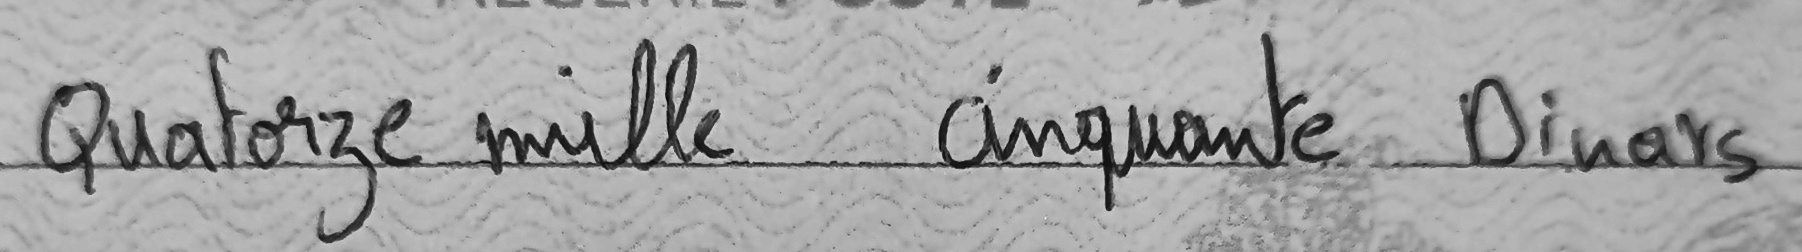
Quatorze mille cinquante Dinars